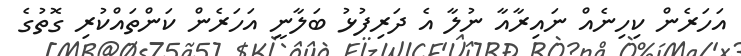
އަހަރެން ކިހިނެއް ނައިރާއާ ނުލާ އެ ދަރިފުޅު ބަލާނީ އަހަރެން ކަންތައްކުރި ގޮތުގެ